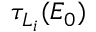
\tau _ { L _ { i } } ( E _ { 0 } )